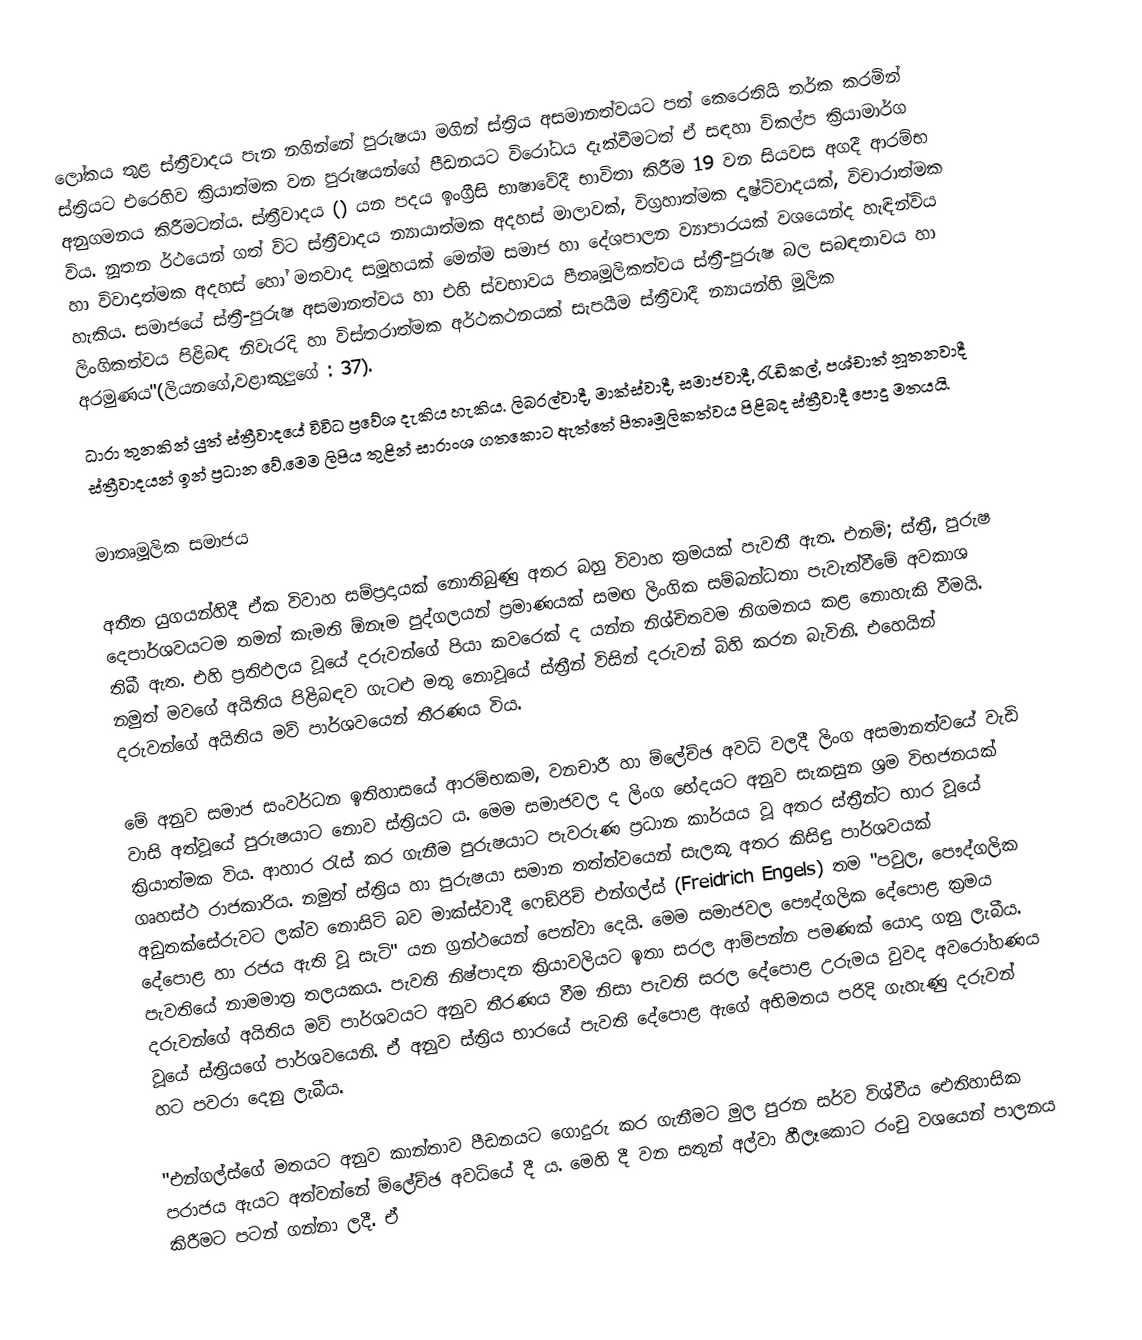
ලෝකය තුළ ස්ත්‍රීවාදය පැන නගින්නේ පුරුෂයා මගින් ස්ත්‍රිය අසමානත්වයට පත් කෙරෙතියි  තර්ක කරමින් ස්ත්‍රියට එරෙහිව ක්‍රියාත්මක වන පුරුෂයන්ගේ පීඩනයට විරෝධය දැක්වීමටත් ඒ සඳහා විකල්ප ක්‍රියාමාර්ග අනුගමනය කිරීමටත්ය. ස්ත්‍රීවාදය  () යන පදය  ඉංග්‍රීසි භාෂාවේදී භාවිතා කිරීම 19 වන සියවස අගදී ආරම්භ විය. නූතන ර්ථයෙන් ගත් විට ස්ත්‍රීවාදය න්‍යායාත්මක අදහස් මාලාවක්, විග්‍රහාත්මක දෘෂ්ටිවාදයක්, විචාරාත්මක හා විවාදාත්මක අදහස් හෝ මතවාද සමූහයක් මෙන්ම සමාජ හා දේශපාලන ව්‍යාපාරයක් වශයෙන්ද හැඳින්විය හැකිය. සමාජයේ ස්ත්‍රී-පුරුෂ අසමානත්වය හා එහි ස්වභාවය පීතෘමූලිකත්වය ස්ත්‍රී-පුරුෂ බල සබඳතාවය හා ලිංගිකත්වය පිළිබඳ නිවැරදි හා විස්තරාත්මක අර්ථකථනයක් සැපයීම ස්ත්‍රීවාදී න්‍යායන්හි මූලික අරමුණය"(ලියනගේ,වළාකුලුගේ : 37).
ධාරා තුනකින් යුත් ස්ත්‍රීවාදයේ විවිධ ප්‍රවේශ දැකිය හැකිය. ලිබරල්වාදී, මාක්ස්වාදී, සමාජවාදී, රැඩිකල්, පශ්චාත් නූතනවාදී ස්ත්‍රීවාදයන් ඉන් ප්‍රධාන වේ.මෙම ලිපිය තුළින් සාරාංශ ගතකොට ඇත්තේ පීතෘමූලිකත්වය පිළිබද ස්ත්‍රීවාදී පොදු මතයයි.

මාතෘමූලික සමාජය

	අතීත යුගයන්හිදී ඒක විවාහ සම්ප‍්‍රදායක් නොතිබුණු අතර බහු විවාහ ක‍්‍රමයක් පැවතී ඇත. එනම්; ස්ත‍්‍රී, පුරුෂ දෙපාර්ශවයටම තමන් කැමති  ඕනෑම පුද්ගලයන් ප‍්‍රමාණයක් සමඟ ලිංගික සම්බන්ධතා පැවැත්වීමේ අවකාශ තිබී ඇත. එහි ප‍්‍රතිඵලය වූයේ දරුවන්ගේ පියා කවරෙක් ද යන්න නිශ්චිතවම නිගමනය කළ නොහැකි වීමයි. නමුත් මවගේ අයිතිය පිළිබඳව ගැටළු මතු නොවූයේ ස්ත‍්‍රීන් විසින් දරුවන් බිහි කරන බැවිනි. එහෙයින් දරුවන්ගේ අයිතිය මව් පාර්ශවයෙන් තීරණය විය.

මේ අනුව සමාජ සංවර්ධන ඉතිහාසයේ ආරම්භකම, වනචාරී හා ම්ලේච්ඡ අවධි වලදී ලිංග අසමානත්වයේ වැඩි වාසි අත්වූයේ පුරුෂයාට නොව ස්ත‍්‍රියට ය. මෙම සමාජවල ද ලිංග භේදයට අනුව සැකසුන ශ‍්‍රම විභජනයක් ක‍්‍රියාත්මක විය. ආහාර රැස් කර ගැනීම පුරුෂයාට පැවරුණ ප‍්‍රධාන කාර්යය වූ අතර ස්ත‍්‍රීන්ට භාර වූයේ ගෘහස්ථ රාජකාරිය. නමුත් ස්ත‍්‍රිය හා පුරුෂයා සමාන තත්ත්වයෙන් සැලකූ අතර කිසිඳු පාර්ශවයක් අඩුතක්සේරුවට ලක්ව නොසිටි බව මාක්ස්වාදී ෆෙඞ්රිච් එන්ගල්ස් (Freidrich Engels) තම "පවුල, පෞද්ගලික දේපොළ හා රජය ඇති වූ සැටි" යන ග‍්‍රන්ථයෙන් පෙන්වා දෙයි. මෙම සමාජවල පෞද්ගලික දේපොළ ක‍්‍රමය පැවතියේ නාමමාත‍්‍ර තලයකය. පැවති නිෂ්පාදන ක‍්‍රියාවලියට ඉතා සරල ආම්පන්න පමණක් යොදා ගනු ලැබීය. දරුවන්ගේ අයිතිය මව් පාර්ශවයට අනුව තීරණය වීම නිසා පැවති සරල දේපොළ උරුමය වුවද අවරෝහණය වූයේ ස්ත‍්‍රියගේ පාර්ශවයෙනි. ඒ අනුව ස්ත‍්‍රිය භාරයේ පැවති දේපොළ ඇගේ අභිමතය පරිදි ගැහැණු දරුවන් හට පවරා දෙනු ලැබීය.

"එන්ගල්ස්ගේ මතයට අනුව කාන්තාව පීඩනයට ගොදුරු කර ගැනීමට මුල පුරන සර්ව විශ්වීය ඓතිහාසික පරාජය ඇයට අත්වන්නේ ම්ලේච්ඡ අවධියේ දී ය. මෙහි දී වන සතුන් අල්වා හීලෑකොට රංචු වශයෙන් පාලනය කිරීමට පටන් ගන්නා ලදී. ඒ